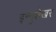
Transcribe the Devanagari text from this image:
इन्दुशेखर